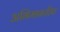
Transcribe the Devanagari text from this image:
अभिमानरहित